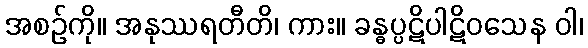
အစဉ်ကို။ အနုဿရတီတိ၊ ကား။ ခန္ဓပ္ပဋိပါဋိဝသေန ဝါ၊